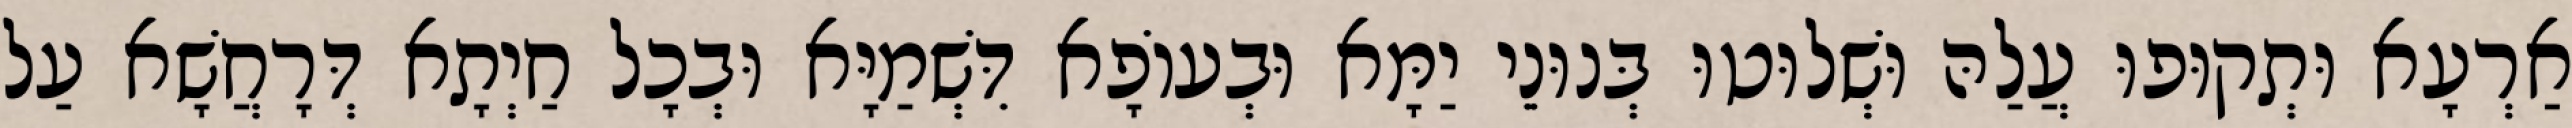
אַרְעָא וּתְקוּפוּ עֲלַהּ וּשְׁלוּטוּ בְּנוּנֵי יַמָּא וּבְעוֹפָא דִּשְׁמַיָּא וּבְכָל חַיְתָא דְּרָחֲשָׁא עַל